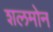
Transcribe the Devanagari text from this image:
शलमोन